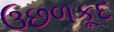
ઉછળકૂદ